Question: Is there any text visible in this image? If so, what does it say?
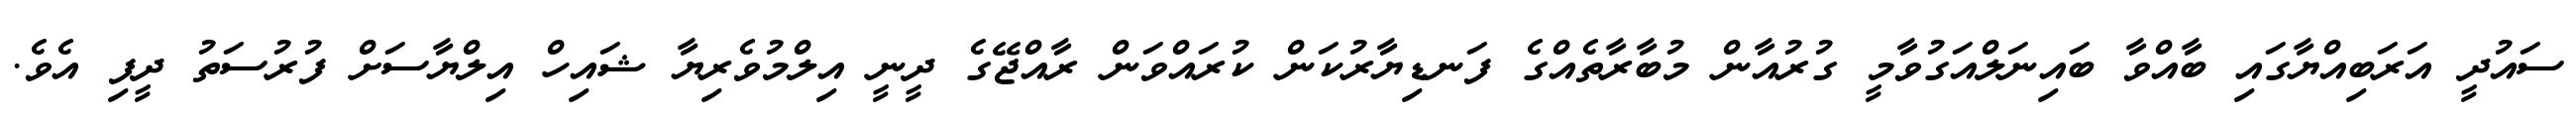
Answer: ސައުދީ އަރަބިއްޔާގައި ބާއްވާ ބައިނަލްއަގުވާމީ ގުރުއާން މުބާރާތެއްގެ ފަނޑިޔާރުކަން ކުރައްވަން ރާއްޖޭގެ ދީނީ އިލްމުވެރިޔާ ޝައިހް އިލްޔާސަށް ފުރުސަތު ދީފި އެވެ.